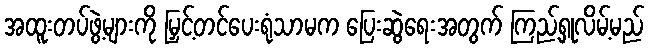
အထူးတပ်ဖွဲ့များကို မြှင့်တင်ပေးရုံသာမက ပြေးဆွဲရေးအတွက် ကြည့်ရှုလိမ့်မည်